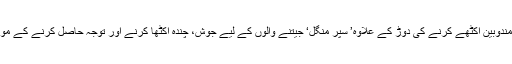
زیادہ سے زیادہ مندوبین اکٹھے کرنے کی دوڑ کے علاوہ’ سپر منگل‘ جیتنے والوں کے لیے جوش، چندہ اکٹھا کرنے اور توجہ حاصل کرنے کے مواقع پیدا کرتا ہے۔